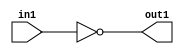
`timescale 1ps / 1ps
/*****************************************************************************
    Verilog RTL Description
    
    Generated at: 14:07:22 EST (-0500), Tuesday 17 November 2020
    Generated on: zhang-x1.ece.cornell.edu
    Generated by: jl3952 (Jie Liu)
    
    Created by: Stratus DpOpt 2017.1.02 
    Copyright (c) 2014-2015 Cadence Design Systems. All rights reserved worldwide.
    
    Cadence Design Systems proprietary and confidential
    ===================================================
    
    May contain information that incorporates Cadence Design Systems CellMath
    and other inventions claimed in Pending U.S. Patents.
    
    May contain Cadence Design Systems Trade Secrets of which use, disclosure or
    reproduction is contractually restricted or prohibited.  For more
    information, contact your legal department before any use, disclosure or
    reproduction.
*******************************************************************************/

module dut_NotBit_1U_5_4 (
	in1,
	out1
	); /* architecture "behavioural" */ 
input  in1;
output  out1;
wire  asc001;

assign asc001 = 
	((~in1));

assign out1 = asc001;
endmodule

/* CADENCE  urTwTQw= : u9/ySgnYtBlWxVDRUQkU4ug= ** DO NOT EDIT THIS LINE ******/